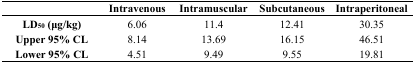
|  | Intravenous | Intramuscular | Subcutaneous | Intraperitoneal |
 | --- | --- | --- | --- | --- |
 | LD50 (μg/kg) | 6.06 | 11.4 | 12.41 | 30.35 |
 | Upper 95% CL | 8.14 | 13.69 | 16.15 | 46.51 |
 | Lower 95% CL | 4.51 | 9.49 | 9.55 | 19.81 |